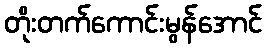
တိုးတက်ကောင်းမွန်အောင်